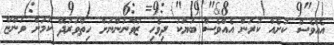
އެއްވެސް ކުށެއް ކުރަން އެއްވެސް ބަޔަކު ދިވެހި ޒުވާނުންނަށް ހިތްވަރުދޭ ކަމަށް ވަންޏާ